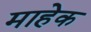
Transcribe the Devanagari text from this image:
माहेक